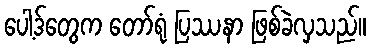
ပေါ့ဒ်တွေက တော်ရုံ ပြဿနာ ဖြစ်ခဲလှသည်။